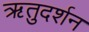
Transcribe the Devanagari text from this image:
ऋतुदर्शन